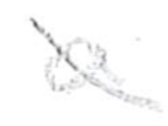
Text: a
Cross-out: diagonal
Writing tool: pencil